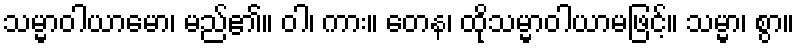
သမ္မာဝါယာမော၊ မည်၏။ ဝါ၊ ကား။ တေန၊ ထိုသမ္မာဝါယာမဖြင့်။ သမ္မာ၊ စွာ။